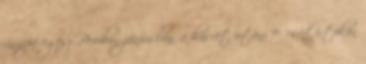
ünnepe egész Peruban júniusban, a húsvét utáni 9. csütörtökön